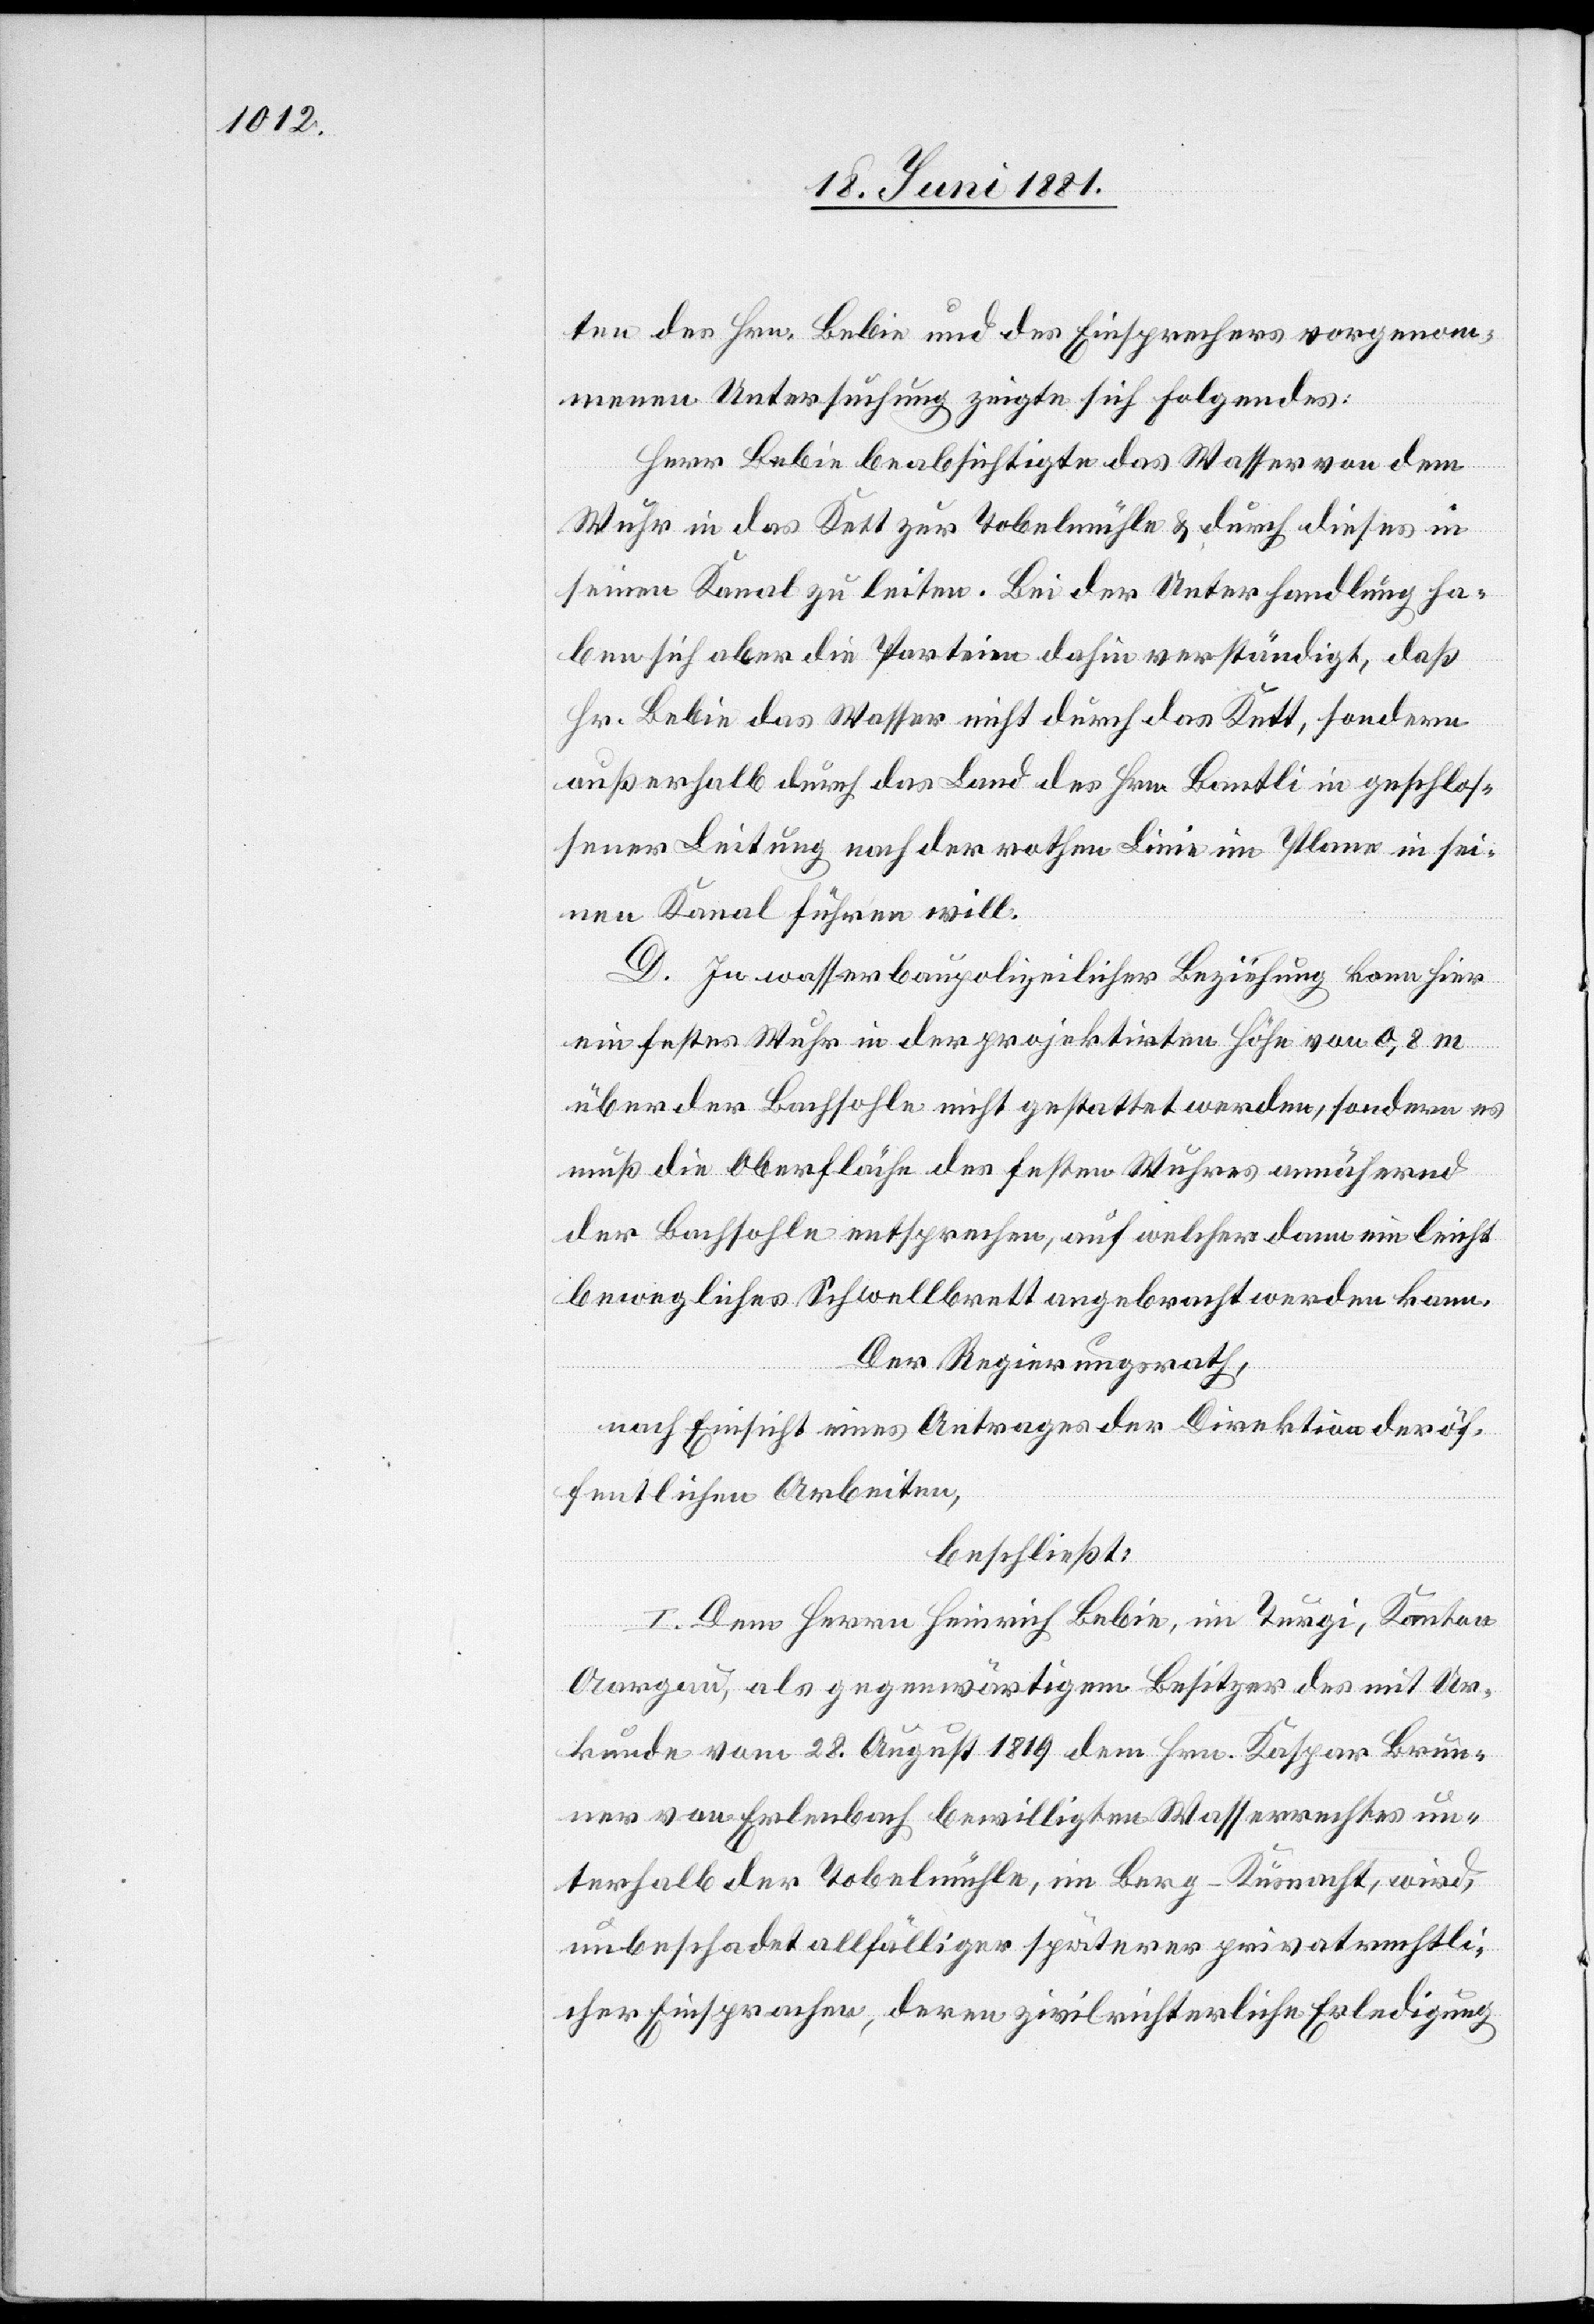
ten des Hrn. Bebie und des Einsprechers vorgenom¬
menen Untersuchung zeigte sich Folgendes:
Herr Bebie beabsichtigte das Wasser von dem
Wuhr in das Kett zur Tobelmühle & durch dieses in
seinen Kanal zu leiten. Bei der Unterhandlung ha¬
ben sich aber die Parteien dahin verständigt, daß
Hr. Bebie das Wasser nicht durch das Kett, sondern
außerhalb durch das Land des Hrn. Bantli in geschlos¬
sener Leitung nach der rothen Linie im Plane in sei¬
nen Kanal führen will.
D. In wasserbaupolizeilicher Beziehung kann hier
ein festes Wuhr in der projektirten Höhe von 0,8 m
über der Bachsohle nicht gestattet werden, sondern es
muß die Oberfläche des festen Wuhres annähernd
der Bachsohle entsprechen, auf welcher dann ein leicht
bewegliches Schwellbrett angebracht werden kann.
Der Regierungsrath,
nach Einsicht eines Antrages der Direktion der öf¬
fentlichen Arbeiten,
beschließt:
I. Dem Herrn Heinrich Bebie, im Turgi, Kanton
Aargau, als gegenwärtigem Besitzer des mit Ur¬
kunde vom 28. August 1819 dem Hrn. Kaspar Brun¬
ner von Erlenbach bewilligten Wasserrechtes un¬
terhalb der Tobelmühle, im Berg - Küsnacht, wird,
unbeschadet allfälliger späterer privatrechtli¬
cher Einsprachen, deren zivilrichterliche Erledigung